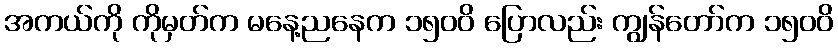
အကယ်ကို ကိုမှတ်က မနေ့ညနေက ၁၅၀၀ိ ပြောလည်း ကျွန်တော်က ၁၅၀၀ိ